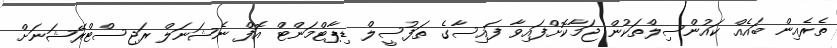
ތެރެއިން ބައެއް ކައުންސިލްތަކުން ޖަމާކޮށްފައިވާ ފައިސާގެ ތަފުސީލް ޑިޕާޓްމަންޓް އޮފް ނެޝަނަލް ރަޖިސްޓްރޭޝަނަށް